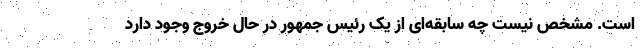
است. مشخص نیست چه سابقه‌ای از یک رئیس جمهور در حال خروج وجود دارد